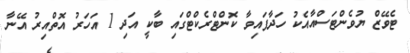
ޓެވޭޒް ޔުވެންޓަސްއާއެކު ހަދާފައިވާ ކޮންޓްރެކްޓްގައި ބާކީ އަދި 1 އަހަރު އޮތްއިރު އޭނާ